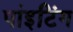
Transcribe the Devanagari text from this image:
पांइटिंग